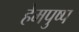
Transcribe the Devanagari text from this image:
हेमपुष्प